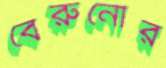
বেরুনোর